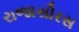
રાજાસૌરસ